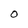
Character: O